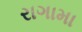
રાગામા